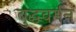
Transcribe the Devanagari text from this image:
बुद्धवर्मन